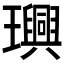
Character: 𤫂